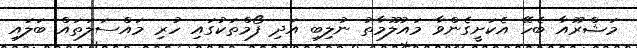
މަޝްރޫއާ ބެހޭ އެކަށީގެންވާ މައުލޫމާތު ނުލިބި އަދި ފޯމްތަކުގައި ހުރި މައްސަލަތައް ބަލައި